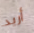
أريد